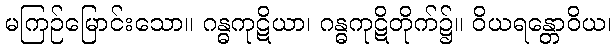
မကြဉ်မြောင်းသော။ ဂန္ဓကုဋိယာ၊ ဂန္ဓကုဋိတိုက်၌။ ဝိယရန္တောဝိယ၊